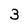
Character: 3